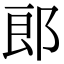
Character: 郎